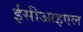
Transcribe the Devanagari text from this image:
ईसीआइएल